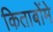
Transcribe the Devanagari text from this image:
किताबोंमे